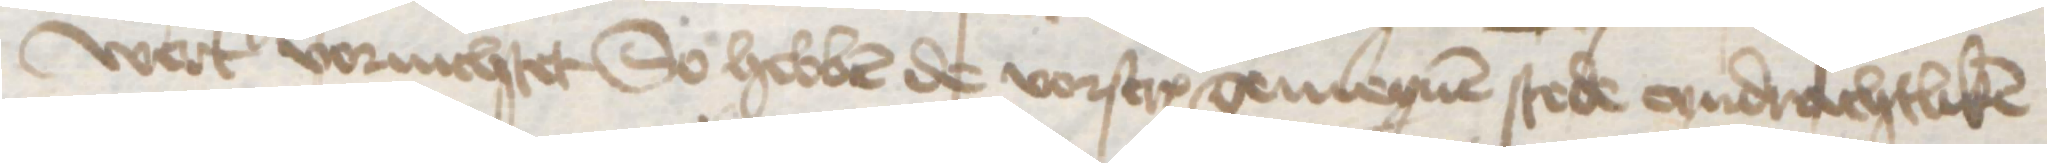
wert vornichtet So hebben de vorscreuen gemeynen stede eyndrachtliken